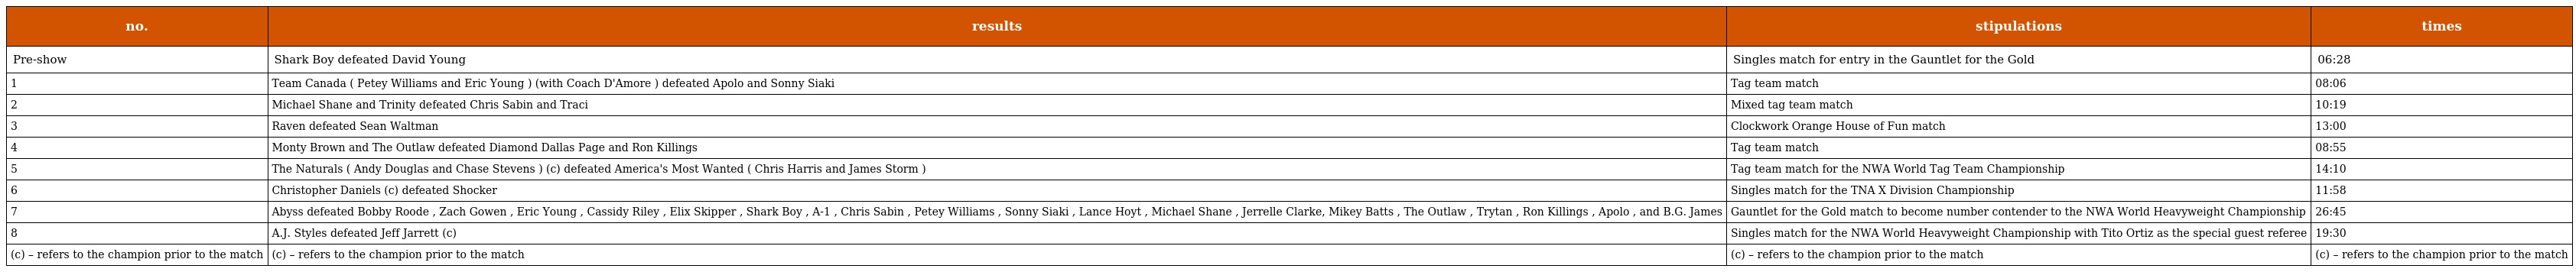
| no. | results | stipulations | times |
 | --- | --- | --- | --- |
 | Pre-show | Shark Boy defeated David Young | Singles match for entry in the Gauntlet for the Gold | 06:28 |
 | 1 | Team Canada ( Petey Williams and Eric Young ) (with Coach D'Amore ) defeated Apolo and Sonny Siaki | Tag team match | 08:06 |
 | 2 | Michael Shane and Trinity defeated Chris Sabin and Traci | Mixed tag team match | 10:19 |
 | 3 | Raven defeated Sean Waltman | Clockwork Orange House of Fun match | 13:00 |
 | 4 | Monty Brown and The Outlaw defeated Diamond Dallas Page and Ron Killings | Tag team match | 08:55 |
 | 5 | The Naturals ( Andy Douglas and Chase Stevens ) (c) defeated America's Most Wanted ( Chris Harris and James Storm ) | Tag team match for the NWA World Tag Team Championship | 14:10 |
 | 6 | Christopher Daniels (c) defeated Shocker | Singles match for the TNA X Division Championship | 11:58 |
 | 7 | Abyss defeated Bobby Roode , Zach Gowen , Eric Young , Cassidy Riley , Elix Skipper , Shark Boy , A-1 , Chris Sabin , Petey Williams , Sonny Siaki , Lance Hoyt , Michael Shane , Jerrelle Clarke, Mikey Batts , The Outlaw , Trytan , Ron Killings , Apolo , and B.G. James | Gauntlet for the Gold match to become number contender to the NWA World Heavyweight Championship | 26:45 |
 | 8 | A.J. Styles defeated Jeff Jarrett (c) | Singles match for the NWA World Heavyweight Championship with Tito Ortiz as the special guest referee | 19:30 |
 | (c) – refers to the champion prior to the match | (c) – refers to the champion prior to the match | (c) – refers to the champion prior to the match | (c) – refers to the champion prior to the match |